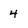
Character: 4